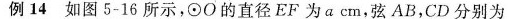
例14 如图5-16所示，\odot \circ的直径EF为a cm，弦AB，CD分别为